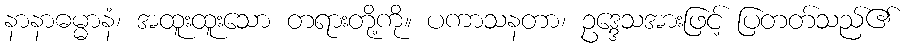
နာနာဓမ္မာနံ၊ အထူးထူးသော တရားတို့ကို။ ပကာသနတာ၊ ဥဒ္ဒေသအားဖြင့် ပြတတ်သည်၏